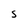
Character: S